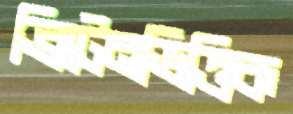
ব্রিটেনভিত্তিক